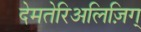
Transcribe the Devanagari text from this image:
देमतेरिअलिज़िग्